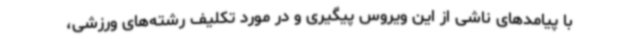
با پیامدهای ناشی از این ویروس پیگیری و در مورد تکلیف رشته‌های ورزشی،